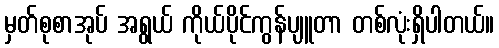
မှတ်စုစာအုပ် အရွယ် ကိုယ်ပိုင်ကွန်ပျူတာ တစ်လုံးရှိပါတယ်။